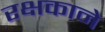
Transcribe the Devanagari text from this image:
रक्षकाने